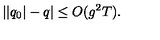
| | q _ { 0 } | - q | \leq O ( g ^ { 2 } T ) .